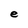
Character: e